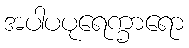
အပါပပုရေက္ခာရော